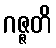
ဂဇ္ဇတိ